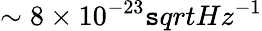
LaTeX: \sim8\times10^{-23}\mathtt{s}qrt{Hz}^{-1}